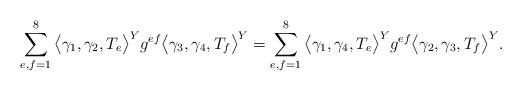
LaTeX: \begin{align*} \sum_{e,f=1}^{8} \big\langle \gamma_1, \gamma_2, T_e \big\rangle^Y g^{ef} \big\langle \gamma_3, \gamma_4, T_f \big\rangle^Y=\sum_{e,f=1}^{8} \big\langle \gamma_1, \gamma_4, T_e \big\rangle^Y g^{ef} \big\langle \gamma_2, \gamma_3, T_f \big\rangle^Y.\end{align*}